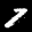
Label: 7